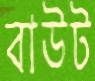
বাউট